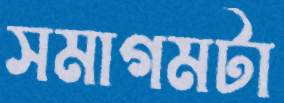
সমাগমটা